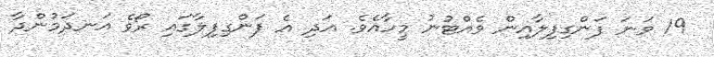
19 ވަނަ ފަންގިފިލާއިން ވެއްޓުނު މީހާއެވެ. އަދި އެ ފަންގިފިލާގައި ރޯވެ އަނދަމުންދާ